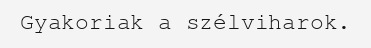
Gyakoriak a szélviharok.